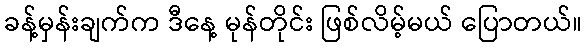
ခန့်မှန်းချက်က ဒီနေ့ မုန်တိုင်း ဖြစ်လိမ့်မယ် ပြောတယ်။